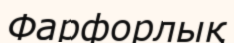
Фарфорлық